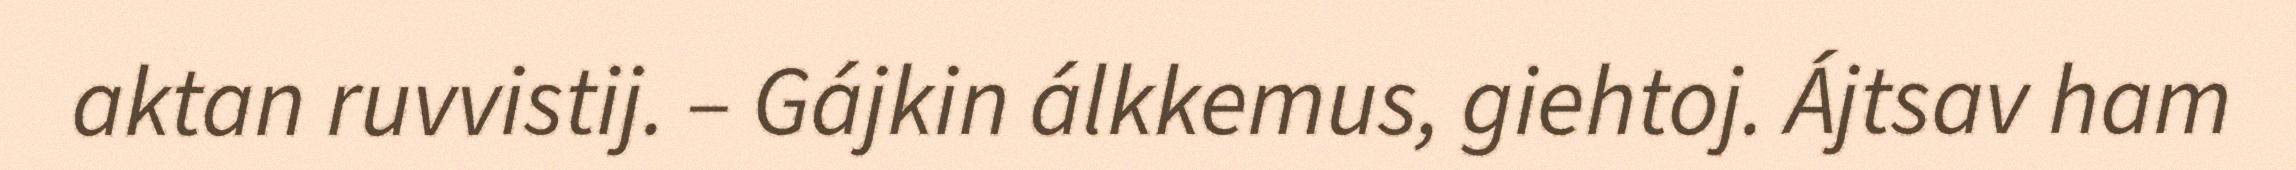
aktan ruvvistij. – Gájkin álkkemus, giehtoj. Ájtsav ham